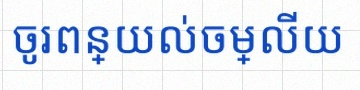
ចូរពន្យល់ចម្លើយ